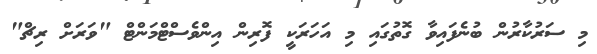
މި ސަރުކާރުން ބުނެފައިވާ ގޮތުގައި މި އަހަރަކީ ފޮރިން އިންވެސްޓްމަންޓް "ވަރަށް ރިޗް"